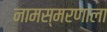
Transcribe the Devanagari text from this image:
नामस्मरणाला